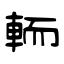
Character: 輀